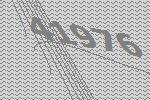
41976